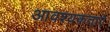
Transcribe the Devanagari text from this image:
आवश्यकताऐ